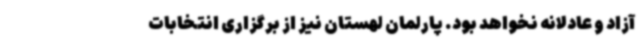
آزاد و عادلانه نخواهد بود. پارلمان لهستان نیز از برگزاری انتخابات